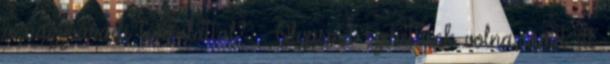
a nagyváradi társulattal? – Olyasmit szerettünk volna, amit itt